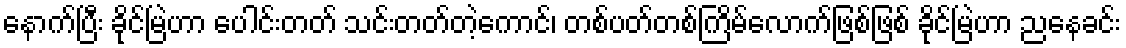
နောက်ပြီး ခိုင်မြဲဟာ ပေါင်းတတ် သင်းတတ်တဲ့ကောင်၊ တစ်ပတ်တစ်ကြိမ်လောက်ဖြစ်ဖြစ် ခိုင်မြဲဟာ ညနေခင်း